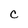
Character: C